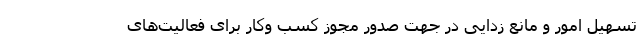
تسهیل امور و مانع زدایی در جهت صدور مجوز کسب وکار برای فعالیت‌های